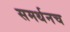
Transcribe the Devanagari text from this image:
समर्थनच